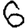
Digit: 6